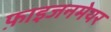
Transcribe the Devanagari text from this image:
फ़ाइजनमेयर